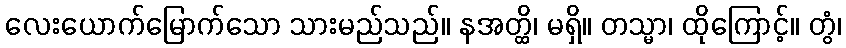
လေးယောက်မြောက်သော သားမည်သည်။ နအတ္ထိ၊ မရှိ။ တသ္မာ၊ ထိုကြောင့်။ တွံ၊